Vaccination in Bombay 1869-1873 - 1869-1873
Year: 1869
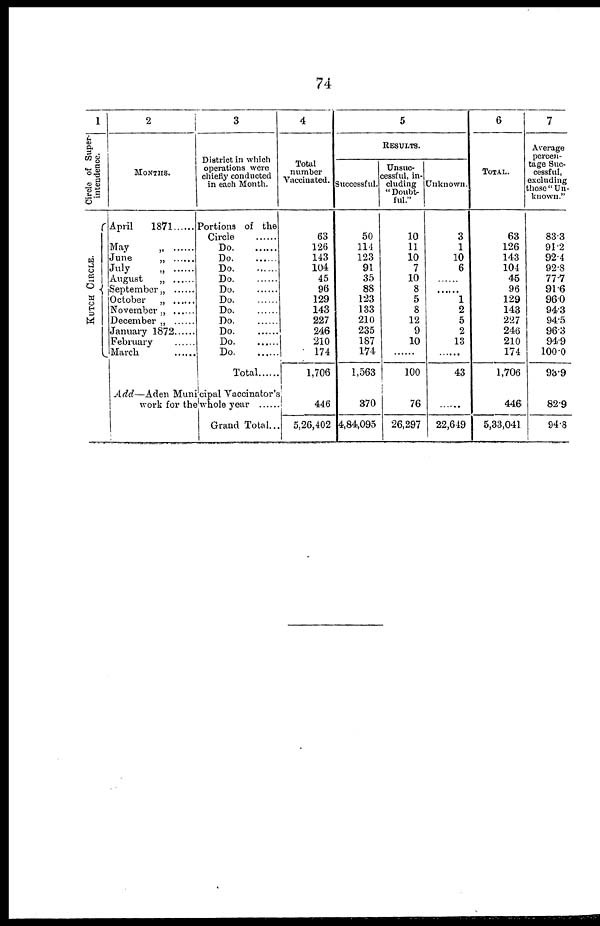
74
1
Circle of Super-
intendence.
KUTCH CIRCLE.
2
MONTHS.
April
1871 ......
May
„
......
June
„
July
„
......
August
„
September „ ......
October
„
November„
December „
January 1872 ......
February
March ......
3
District in which
operations were
chiefly conducted
in each Month.
Portions of the
Circle ......
Do. .....
Do. ......
Do.
.......
Do. ......
Do. .......
Do. .......
Do. ......
Do. .......
Do. ......
Do. ......
Do. ......
Total
Add—Aden
Municipal Vaccinator's
Grand Total...
4
Total
number
Vaccinated.
63
126
143
104
45
96
129
143
227
246
210
174
1,706
446
5,26,402
5
RESULTS.
Successful.
50
114
123
91
35
88
123
133
210
235
187
174
1,563
370
4,84,095
Unsuc-
cessful, in-
cluding
" Doubt-
ful."
10
11
10
7
10
8
5
8
12
9
10
100
76
26,297
Unknown.
3
1
10
6
......
......
1
2
5
2
13
......
43
......
22,649
6
TOTAL.
63
126
143
104
45
96
129
143
227
246
210
174
1,706
446
5,33,041
7
Average
percen-
tage Suc-
cessful,
excluding
those " Un-
known."
83.3
91.2
92.4
92.8
77.7
91.6
96.0
94.3
94.5
96.3
94.9
100.0
93.9
82.9
94.8